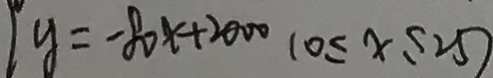
y = - 8 0 x + 2 0 0 0 ( 0 \leq x \leq 2 5 )